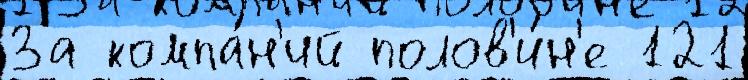
За компа́н'ий полов'и́н'е 121